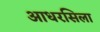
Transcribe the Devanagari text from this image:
आधरसिला